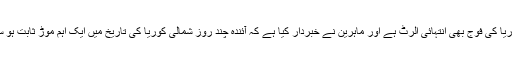
جنوبی کوریا کی فوج بھی انتہائی الرٹ ہے اور ماہرین نے خبردار کیا ہے کہ آئندہ چند روز شمالی کوریا کی تاریخ میں ایک اہم موڑ ثابت ہو سکتے ہیں۔